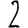
Digit: 2